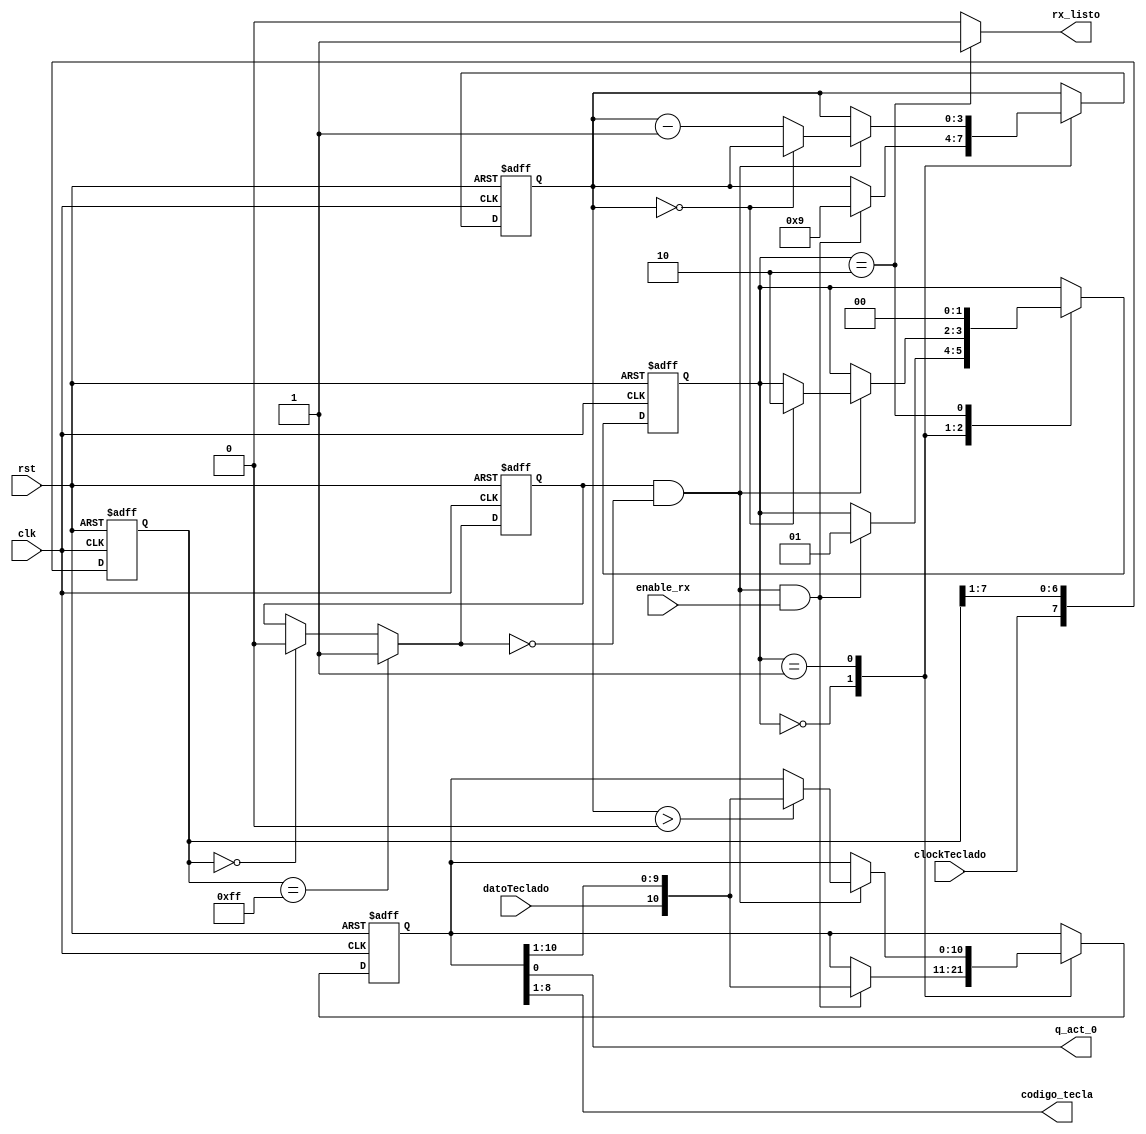
`timescale 1ns / 1ps
//////////////////////////////////////////////////////////////////////////////////
// Company: 
// Engineer: 
// 
// Design Name: 
// Module Name:    Teclado_Recep 
// Project Name: 
// Target Devices: 
// Tool versions: 
// Description: 
//
// Dependencies: 
//
// Revision: 
// Revision 0.01 - File Created
// Additional Comments: 
//
//////////////////////////////////////////////////////////////////////////////////

module Teclado_Recep(
	input wire clk,
	input wire rst, 
	input wire datoTeclado, clockTeclado, enable_rx, 
	output reg rx_listo, 
	output wire q_act_0,
	output wire [7:0] codigo_tecla
    );

//Parmetros iniciales

	localparam [1:0]
	hold_rx = 2'b00, 
	paq_dat = 2'b01, 
	fin_rx = 2'b10; 
	
//Declaracin de seales para la mquina de estados

	reg [1:0] est_act,est_sig; 
   reg [10:0] paq_act,paq_sig; 
	reg [3:0] cont_paq_act, cont_paq_sig; 

//Declaracin de seales para el filtro detector de flancos

	reg [7:0] filter_reg;
	wire [7:0] filter_next;
	reg f_ps2c_reg;
	wire f_ps2c_next;
	wire fall_edge;
	
//--------------------------------------------------------------------------------//
//Cuerpo del filtro detector de flancos

always @(posedge clk, posedge rst) 
if(rst)
	begin
		filter_reg <= 0;
		f_ps2c_reg <= 0;
	end
else
	begin
		filter_reg <= filter_next;
		f_ps2c_reg <= f_ps2c_next;
	end

assign filter_next = {clockTeclado, filter_reg[7:1]};
assign f_ps2c_next = (filter_reg == 8'b11111111) ? 1'b1:
							(filter_reg == 8'b00000000) ? 1'b0:
							f_ps2c_reg;
							
assign fall_edge = f_ps2c_reg & ~f_ps2c_next;

//--------------------------------------------------------------------------------//

//FSM que controla el mdulo de recepcin

always @(posedge clk, posedge rst) begin
if(rst) 
	begin
		est_act <= hold_rx; 
		paq_act <= 0; 
		cont_paq_act <= 0; 
	end
else 
	begin
		est_act <= est_sig; 
		paq_act <= paq_sig; 
		cont_paq_act <= cont_paq_sig; 
	end
end


always @*
begin
	est_sig = est_act; 
	rx_listo = 1'b0; 
	paq_sig = paq_act;  
	cont_paq_sig = cont_paq_act;
	
	case(est_act)  
	
		hold_rx: begin 
			if(fall_edge && enable_rx)  
				begin 
					paq_sig = {datoTeclado, paq_act[10:1]}; 
					cont_paq_sig = 4'b1001; 
					est_sig = paq_dat;
				end
		end		
		
		paq_dat: begin 
			if(fall_edge) 
				begin 
					if(cont_paq_act > 0)
					paq_sig = {datoTeclado, paq_act[10:1]}; 
					if(cont_paq_act == 0) begin 
						est_sig = fin_rx; 
					end
					else begin 
						cont_paq_sig = cont_paq_act - 1'b1;
					end
				end
		end
		
		fin_rx: begin  
				est_sig = hold_rx;
				rx_listo = 1'b1;
		end
			
	endcase
end
 
assign codigo_tecla= paq_act[8:1] ; 
assign q_act_0 = paq_act[0] ;

endmodule